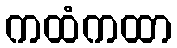
ကထံကထာ